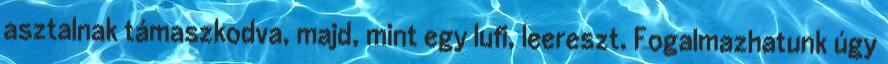
asztalnak támaszkodva, majd, mint egy lufi, leereszt. Fogalmazhatunk úgy